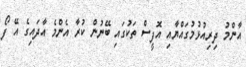
އާންމު ދިރިއުޅުމުގައްޔާއި އޮފީސް ތަކުގައި ބޭނުން ކުރާ އެންމެ އާދައިގެ އޭ ފޯ